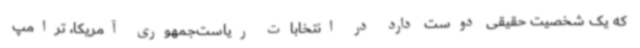
که یک شخصیت حقیقی دوست دارد در انتخابات ریاست‌جمهوری آمریکا، ترامپ